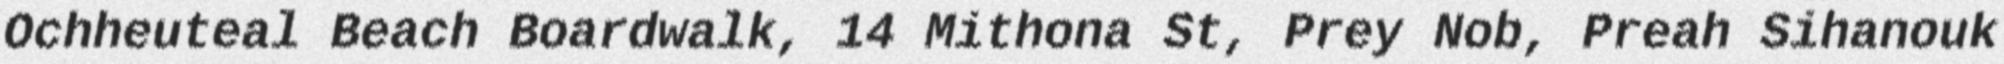
Ochheuteal Beach Boardwalk, 14 Mithona St, Prey Nob, Preah Sihanouk